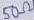
Text: 50Ω